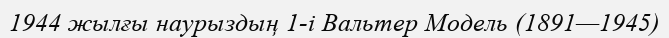
1944 жылғы наурыздың 1-і Вальтер Модель (1891—1945)